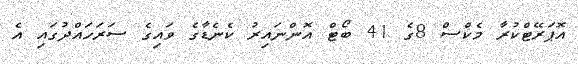
އޮޕަރޭޓްކުރާ މެކްސް 8ގެ 41 ބޯޓް އޮންނައިރު ކެނެޑާގެ ވައިގެ ސަރަހައްދުގައި އެ